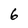
Character: 6